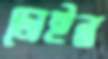
ডোইন